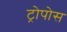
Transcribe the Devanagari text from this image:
ट्रोपोस